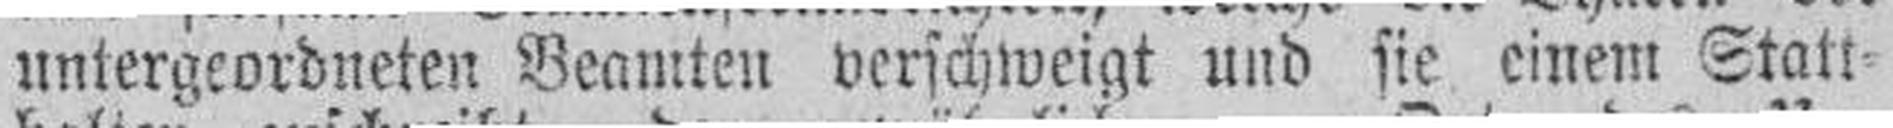
untergeordneten Beamten verschweigt und sie einem Statt¬